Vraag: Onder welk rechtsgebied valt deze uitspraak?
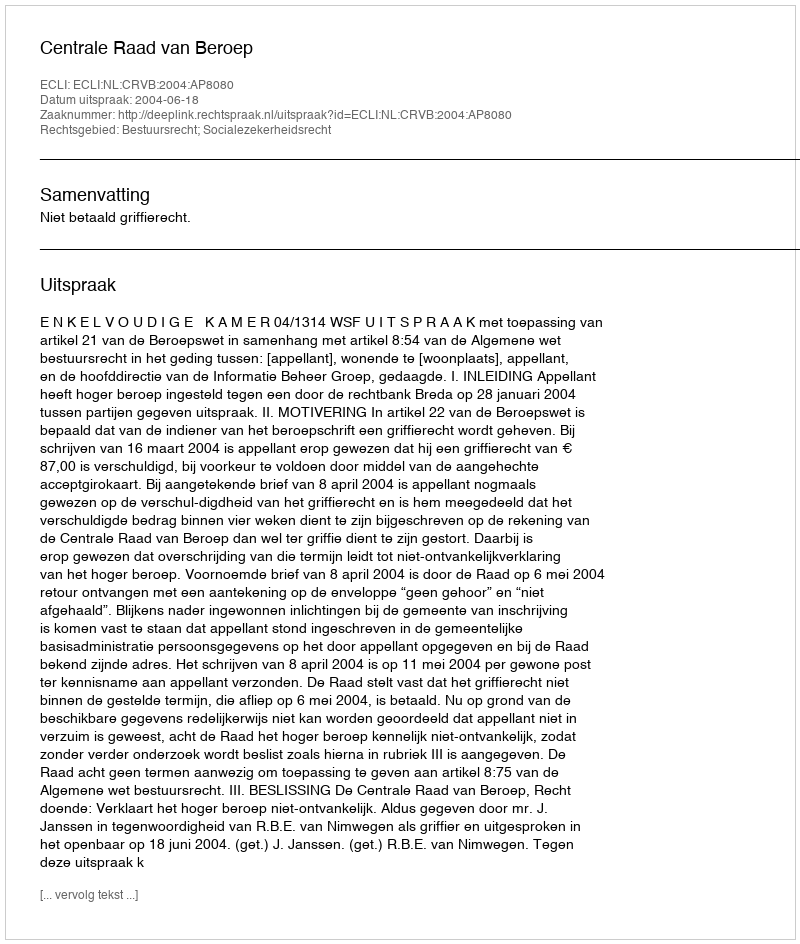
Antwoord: Bestuursrecht; Socialezekerheidsrecht